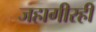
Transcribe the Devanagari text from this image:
जहागीरही